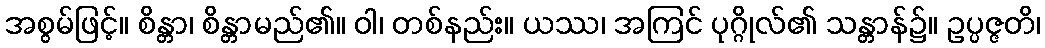
အစွမ်ဖြင့်။ စိန္တာ၊ စိန္တာမည်၏။ ဝါ၊ တစ်နည်း။ ယဿ၊ အကြင် ပုဂ္ဂိုလ်၏ သန္တာန်၌။ ဥပ္ပဇ္ဇတိ၊